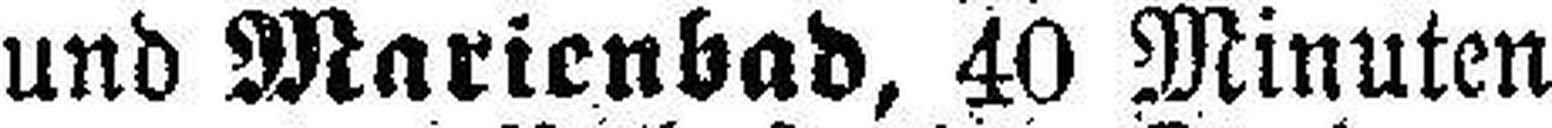
und Marienbad, 40 Minuten